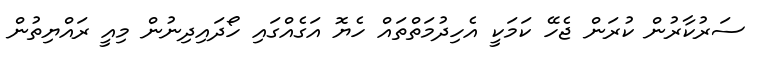
ސަރުކާރުން ކުރަން ޖެހޭ ކަމަކީ އެހިދުމަތްތައް ހެޔޮ އަގެއްގައި ހޯދައިދިނުން މިއީ ރައްޔިތުން